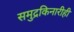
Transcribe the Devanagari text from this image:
समुद्रकिनारीही